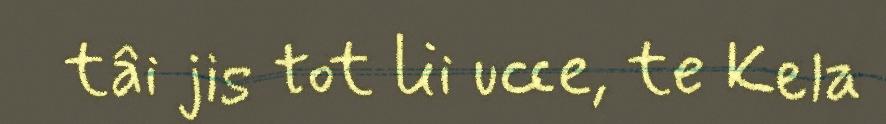
tâi jis tot lii ucce, te Kela